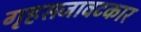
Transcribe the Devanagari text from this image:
गृहसजावटकार